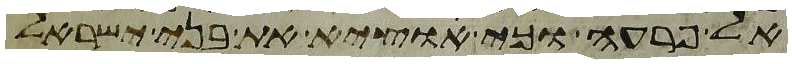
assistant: אל פרעה וכי אוציא את בני ישראל